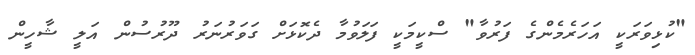
"ކުޅިވަރަކީ އަހަރެމެންގެ ފަރުވާ" ސްކީމަކީ ފަލަވުމާ ދެކޮޅަށް ގަވަރުނަރު ދޫރުސުން އަލީ ޝާހީން